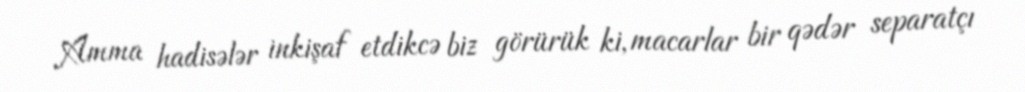
Amma hadisələr inkişaf etdikcə biz görürük ki, macarlar bir qədər separatçı